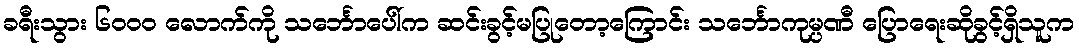
ခရီးသွား ၆၀၀၀ လောက်ကို သင်္ဘောပေါ်က ဆင်းခွင့်မပြုတော့ကြောင်း သင်္ဘောကုမ္ပဏီ ပြောရေးဆိုခွင့်ရှိသူက